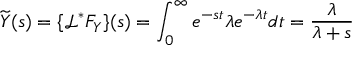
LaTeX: { \widetilde { Y } } ( s ) = \{ { \mathcal { L } } ^ { * } F _ { Y } \} ( s ) = \int _ { 0 } ^ { \infty } e ^ { - s t } \lambda e ^ { - \lambda t } d t = { \frac { \lambda } { \lambda + s } }